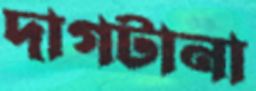
দাগটানা